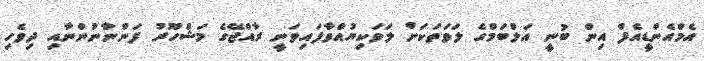
އެމްއެންޑީއެފް އިން ބުނީ އަލްބަމްގެ ލަވަތަކަށް ލަވަކިޔުއްވާފައިވަނީ ރާއްޖޭގެ މަޝްހޫރު ފަންނާނުންނާއި ދިވެހި